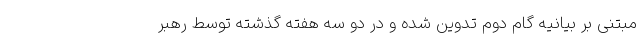
مبتنی بر بیانیه گام دوم تدوین شده و در دو سه هفته گذشته توسط رهبر